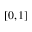
[ 0 , 1 ]